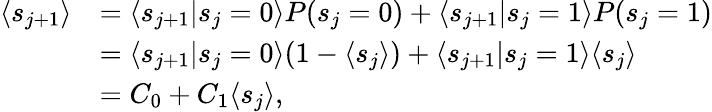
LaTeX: \begin{array}{rl}{\langle s_{j+1}\rangle}&{=\langle s_{j+1}|s_{j}=0\rangle P(s_{j}=0)+\langle s_{j+1}|s_{j}=1\rangle P(s_{j}=1)}\\ &{=\langle s_{j+1}|s_{j}=0\rangle(1-\langle s_{j}\rangle)+\langle s_{j+1}|s_{j}=1\rangle\langle s_{j}\rangle}\\ &{=C_{0}+C_{1}\langle s_{j}\rangle,}\end{array}